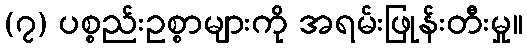
(၇) ပစ္စည်းဥစ္စာများကို အရမ်းဖြုန်းတီးမှု။